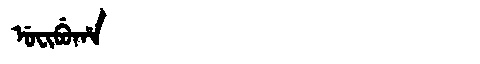
Manchu: ᡠᠸᡳᠪᡠᡥᠠ
Romanization: UFIBUHA